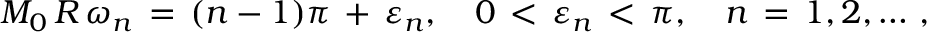
M _ { 0 } \, R \, \omega _ { n } \, = \, ( n - 1 ) \pi \, + \, \varepsilon _ { n } , \quad 0 \, < \, \varepsilon _ { n } \, < \, \pi , \quad n \, = \, 1 , 2 , \dots \, { , }